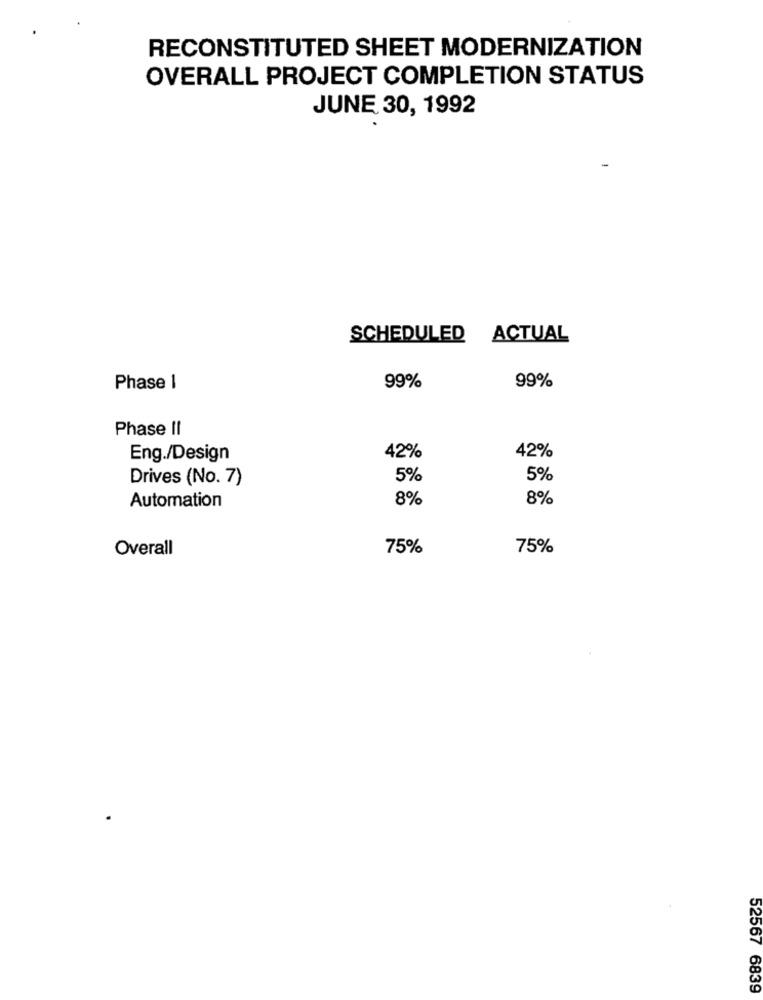
RECONSTITUTED SHEET MODERNIZATION
OVERALL PROJECT COMPLETION STATUS
JUNE 30, 1992
SCHEDULED
ACTUAL
99%
99%
Phase 1
Phase II
42%
42%
Eng./Design
Drives (No. 7)
5%
5%
Automation
8%
8%
Overall
75%
75%
52567 6839